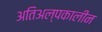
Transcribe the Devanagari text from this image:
अतिअल्पकालीन